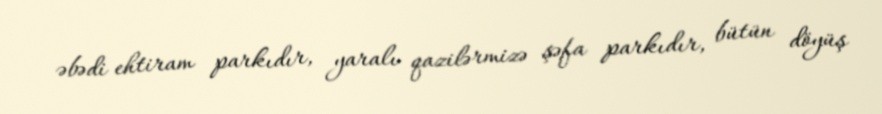
əbədi ehtiram parkıdır, yaralı qazilərmizə şəfa parkıdır, bütün döyüş